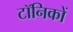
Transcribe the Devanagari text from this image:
टॉनिकों